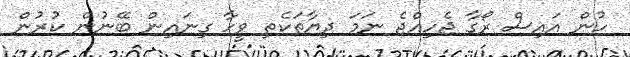
ހުން އައިސް ރޯގާ ޖެހިއްޖެ ނަމަ ދިޔާތަކެތި ވީހާ ގިނައިން ބޭނުން ކުރުން